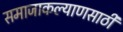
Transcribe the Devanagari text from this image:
समाजाकल्याणसाठी